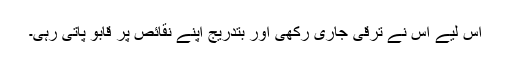
اس لیے اس نے ترقی جاری رکھی اور بتدریج اپنے نقائص پر قابو پاتی رہی۔